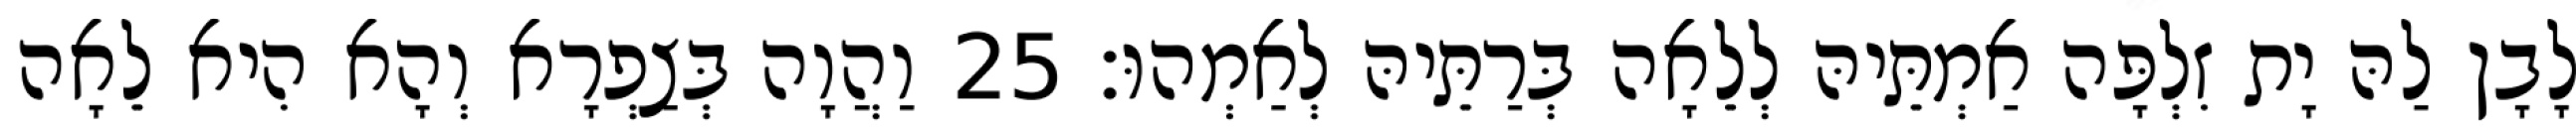
לָבָן לַהּ יָת זִלְפָּה אַמְתֵּיהּ לְלֵאָה בְּרַתֵּיהּ לְאַמְהוּ׃ 25 וַהֲוָה בְּצַפְרָא וְהָא הִיא לֵאָה